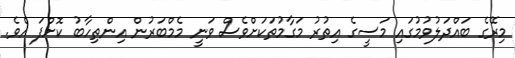
މިރޭގެ ބައްދަލުވުމުގައި މަސީގެ އިތުރު މަގާމުތަކަށްވެސް ވަނީ މެމްބަރުން އިންތިހާބު ކޮށްފަ އެވެ.